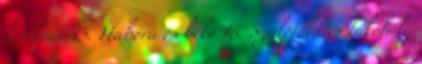
kerékpár 15. Háború és béke 16. Szülőföld és lakóhely